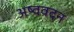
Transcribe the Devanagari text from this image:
अष्ववदन